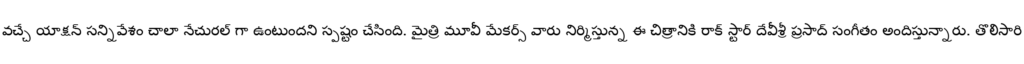
వచ్చే యాక్షన్ సన్నివేశం చాలా నేచురల్ గా ఉంటుందని స్పష్టం చేసింది. మైత్రి మూవీ మేకర్స్ వారు నిర్మిస్తున్న ఈ చిత్రానికి రాక్ స్టార్ దేవీశ్రీ ప్రసాద్ సంగీతం అందిస్తున్నారు. తొలిసారి